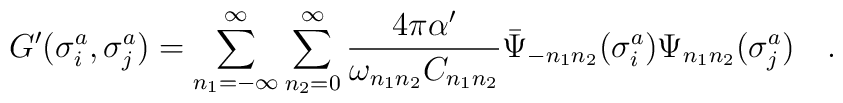
G^{\prime} (\sigma^a_i,\sigma^a_j)  =  \sum_{n_1=-\infty}^{\infty} \sum_{n_2=0}^{\infty} {{4 \pi \alpha^{\prime}}\over{\omega_{n_1n_2} C_{n_1n_2}}}     {\bar \Psi}_{-n_1n_2} (\sigma^a_i)\Psi_{n_1n_2} (\sigma^a_j)  \quad .